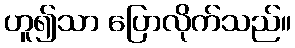
ဟူ၍သာ ပြောလိုက်သည်။